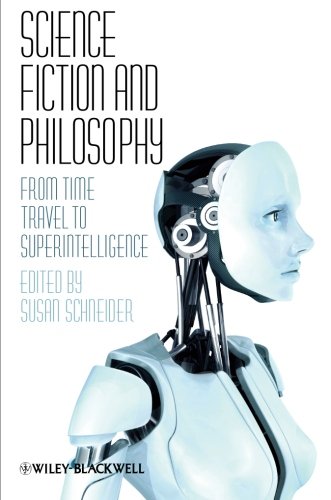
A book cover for Science Fiction and Philosophy: From Time Travel to Superintelligence; Science Fiction & Fantasy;